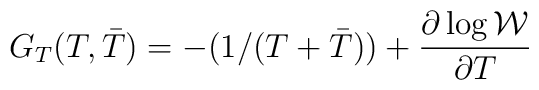
G_{T}(T,{\bar T}) = -(1/(T + {\bar T})) + \frac{\partial \log \cal W}{\partial T}